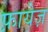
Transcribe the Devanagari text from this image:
फ़ायेज़